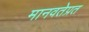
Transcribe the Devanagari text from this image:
मानवतेप्रत